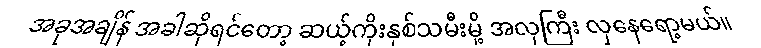
အခုအချိန် အခါဆိုရင်တော့ ဆယ့်ကိုးနှစ်သမီးမို့ အလှကြီး လှနေရော့မယ်။